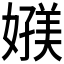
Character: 𰌗